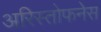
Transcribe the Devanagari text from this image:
अरिस्तोफनेस